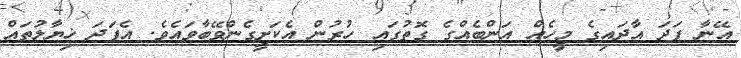
އޭނާ ފަދަ އާދައިގެ މީހެއް އަންބެއްގެ ގޮތުގައި ހުރުން އެކަށީގެންވޭބާވައެވެ. އެފަދަ ޚިޔާލުތައް